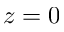
z = 0